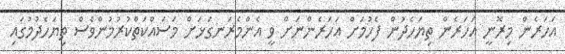
އަހަރެން މިރޮނީ އަހަރެން ތިޔަހެދުން ފެހުމަށް އަހަރެންނަށް ވީ އެންމެރަނގަޅަށް މަސައްކަތްކުރުމުންވެސް ތިޔަހެދުމުގައި